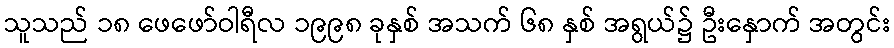
သူသည် ၁၈ ဖေဖော်ဝါရီလ ၁၉၉၈ ခုနှစ် အသက် ၆၈ နှစ် အရွယ်၌ ဦးနှောက် အတွင်း